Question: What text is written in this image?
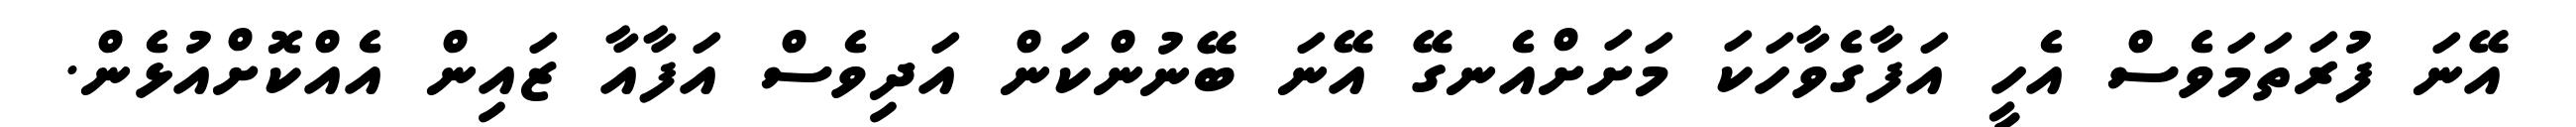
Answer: އޭނަ ފުރަތަމަވެސް އެހީ އަފާގެވާހަކަ މަށަށްއެނގޭ އޭނަ ބޭނުންކަން އަދިވެސް އަފާއާ ޒައިން އެއްކޮށްއުޅެން.